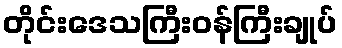
တိုင်းဒေသကြီးဝန်ကြီးချုပ်